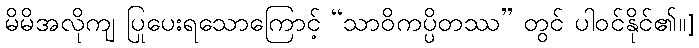
မိမိအလိုကျ ပြုပေးရသောကြောင့် “သာဝိကပ္ပိတဿ” တွင် ပါဝင်နိုင်၏။]